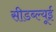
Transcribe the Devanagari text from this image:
सीडब्ल्यूई